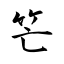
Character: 笀